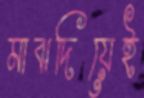
মাঝদিয়েই